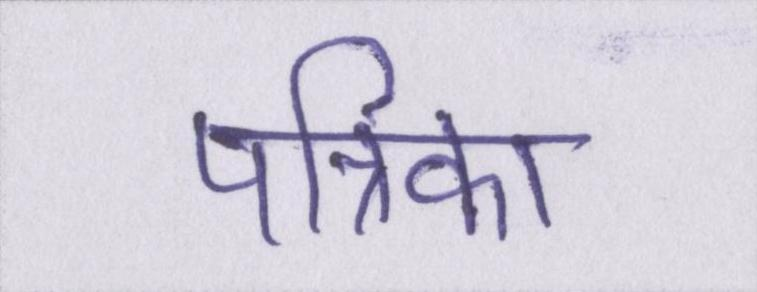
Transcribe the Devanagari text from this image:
पत्रिका